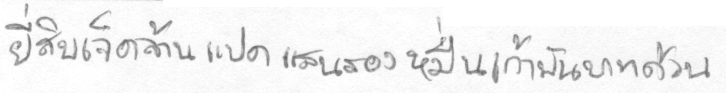
ยี่สิบเจ็ดล้านแปดแสนสองหมื่นเก้าพันบาทถ้วน